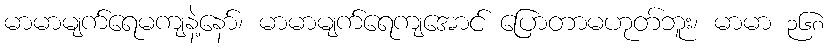
မာမာမျက်ရေမကျနဲ့နော်၊ မာမာမျက်ရေကျအောင် ပြောတာမဟုတ်ဘူး၊ မာမာ ၃၆၈